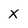
Character: x